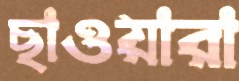
ছাওয়ারা